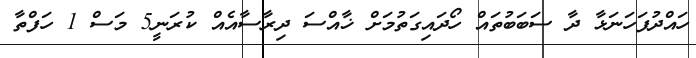
ހައްދުފަހަނަޅާ ދާ ސަބަބުތައް ހޯދައިގަތުމަށް ޚާއްސަ ދިރާސާއެއް ކުރަނީ5 މަސް 1 ހަފްތާ